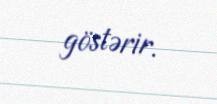
göstərir.